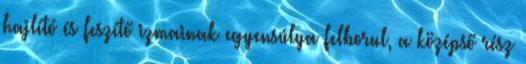
hajlító és feszítő izmainak egyensúlya felborul, a középső rész